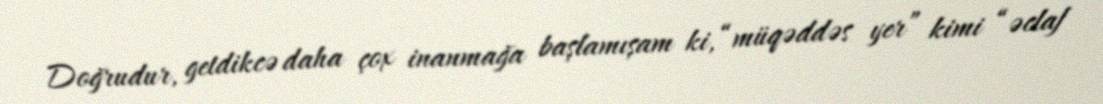
Doğrudur, getdikcə daha çox inanmağa başlamışam ki, “müqəddəs yer” kimi “əclaf